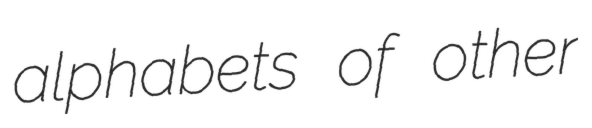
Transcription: alphabets of other